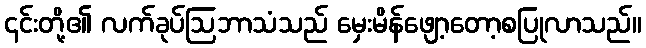
၎င်းတို့၏ လက်ခုပ်ဩဘာသံသည် မှေးမိန်ဖျော့တော့စပြုလာသည်။